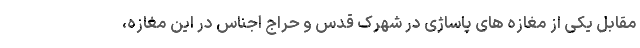
مقابل یکی از مغازه های پاساژی در شهرک قدس و حراج اجناس در این مغازه،